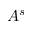
A ^ { s }